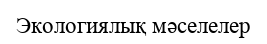
Экологиялық мәселелер